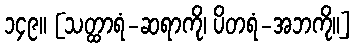
၁၄၉။ [သတ္ထာရံ-ဆရာကို၊ ပိတရံ-အဘကို။]